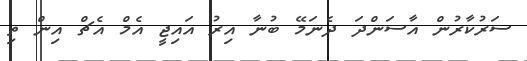
ސަރުކާރުން އާސަންދަ ދެނަމޭ ބުނާ އިރު އައިޖީ އެމް އެޗް އިން ތި